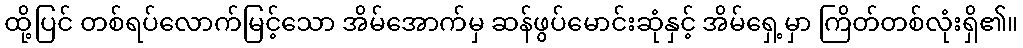
ထို့ပြင် တစ်ရပ်လောက်မြင့်သော အိမ်အောက်မှ ဆန်ဖွပ်မောင်းဆုံနှင့် အိမ်ရှေ့မှာ ကြိတ်တစ်လုံးရှိ၏။